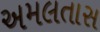
અમલતાસ